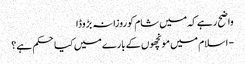
واضح رہے کہ میں شام کو روزانہ بڑوڈا
- اسلام میں مونچھوں کے بارے میں کیا حکم ہے؟